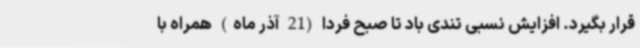
قرار بگیرد. افزایش نسبی تندی باد تا صبح فردا (21 آذر ماه) همراه با